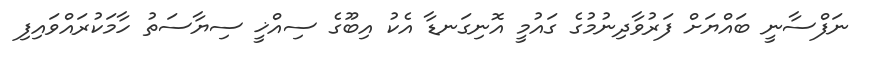
ނަފްސާނީ ބައްޔަށް ފަރުވާދިނުމުގެ ގައުމީ އޮނިގަނޑާ އެކު އިބޫގެ ސިއްޚީ ސިޔާސަތު ހާމަކުރައްވައިފި